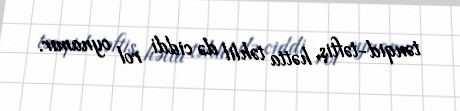
tənqid-təftiş, hətta təhlil də ciddi rol oynamır.